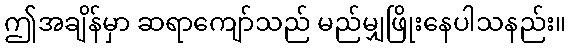
ဤအချိန်မှာ ဆရာကျော်သည် မည်မျှဖြိုးနေပါသနည်း။